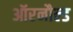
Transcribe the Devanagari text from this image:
ऑरनौल्ड